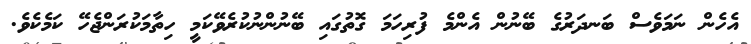
އެހެން ނަމަވެސް ބަނދަރުގެ ބޭނުން އެންމެ ފުރިހަމަ ގޮތުގައި ބޭނުންނުކުރެވޭކަމީ ހިތާމަކުރަންޖެހޭ ކަމެކެވެ.